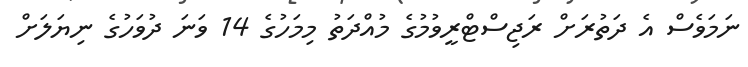
ނަމަވެސް އެ ދަތުރަށް ރަޖިސްޓްރީވުމުގެ މުއްދަތު މިމަހުގެ 14 ވަނަ ދުވަހުގެ ނިޔަލަށް